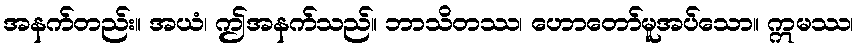
အနက်တည်း။ အယံ၊ ဤအနက်သည်။ ဘာသိတဿ၊ ဟောတော်မူအပ်သော။ ဣမဿ၊